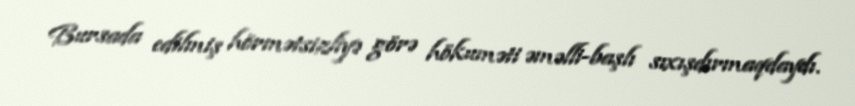
Bursada edilmiş hörmətsizliyə görə hökuməti əməlli-başlı sıxışdırmaqdaydı.